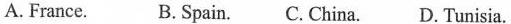
A.France.B. Spain. C. China.D. Tunisia.